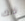
ذلك